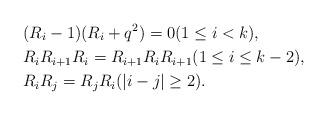
LaTeX: \begin{align*}& (R_{i}-1)(R_{i}+q^{2})=0 (1\le i <k), \\ & R_{i}R_{i+1}R_{i}=R_{i+1}R_{i}R_{i+1} (1\le i \le k-2), \\ & R_{i}R_{j}=R_{j}R_{i} (|i-j|\ge 2). \end{align*}